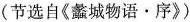
(节选自《蠡城物语·序》)